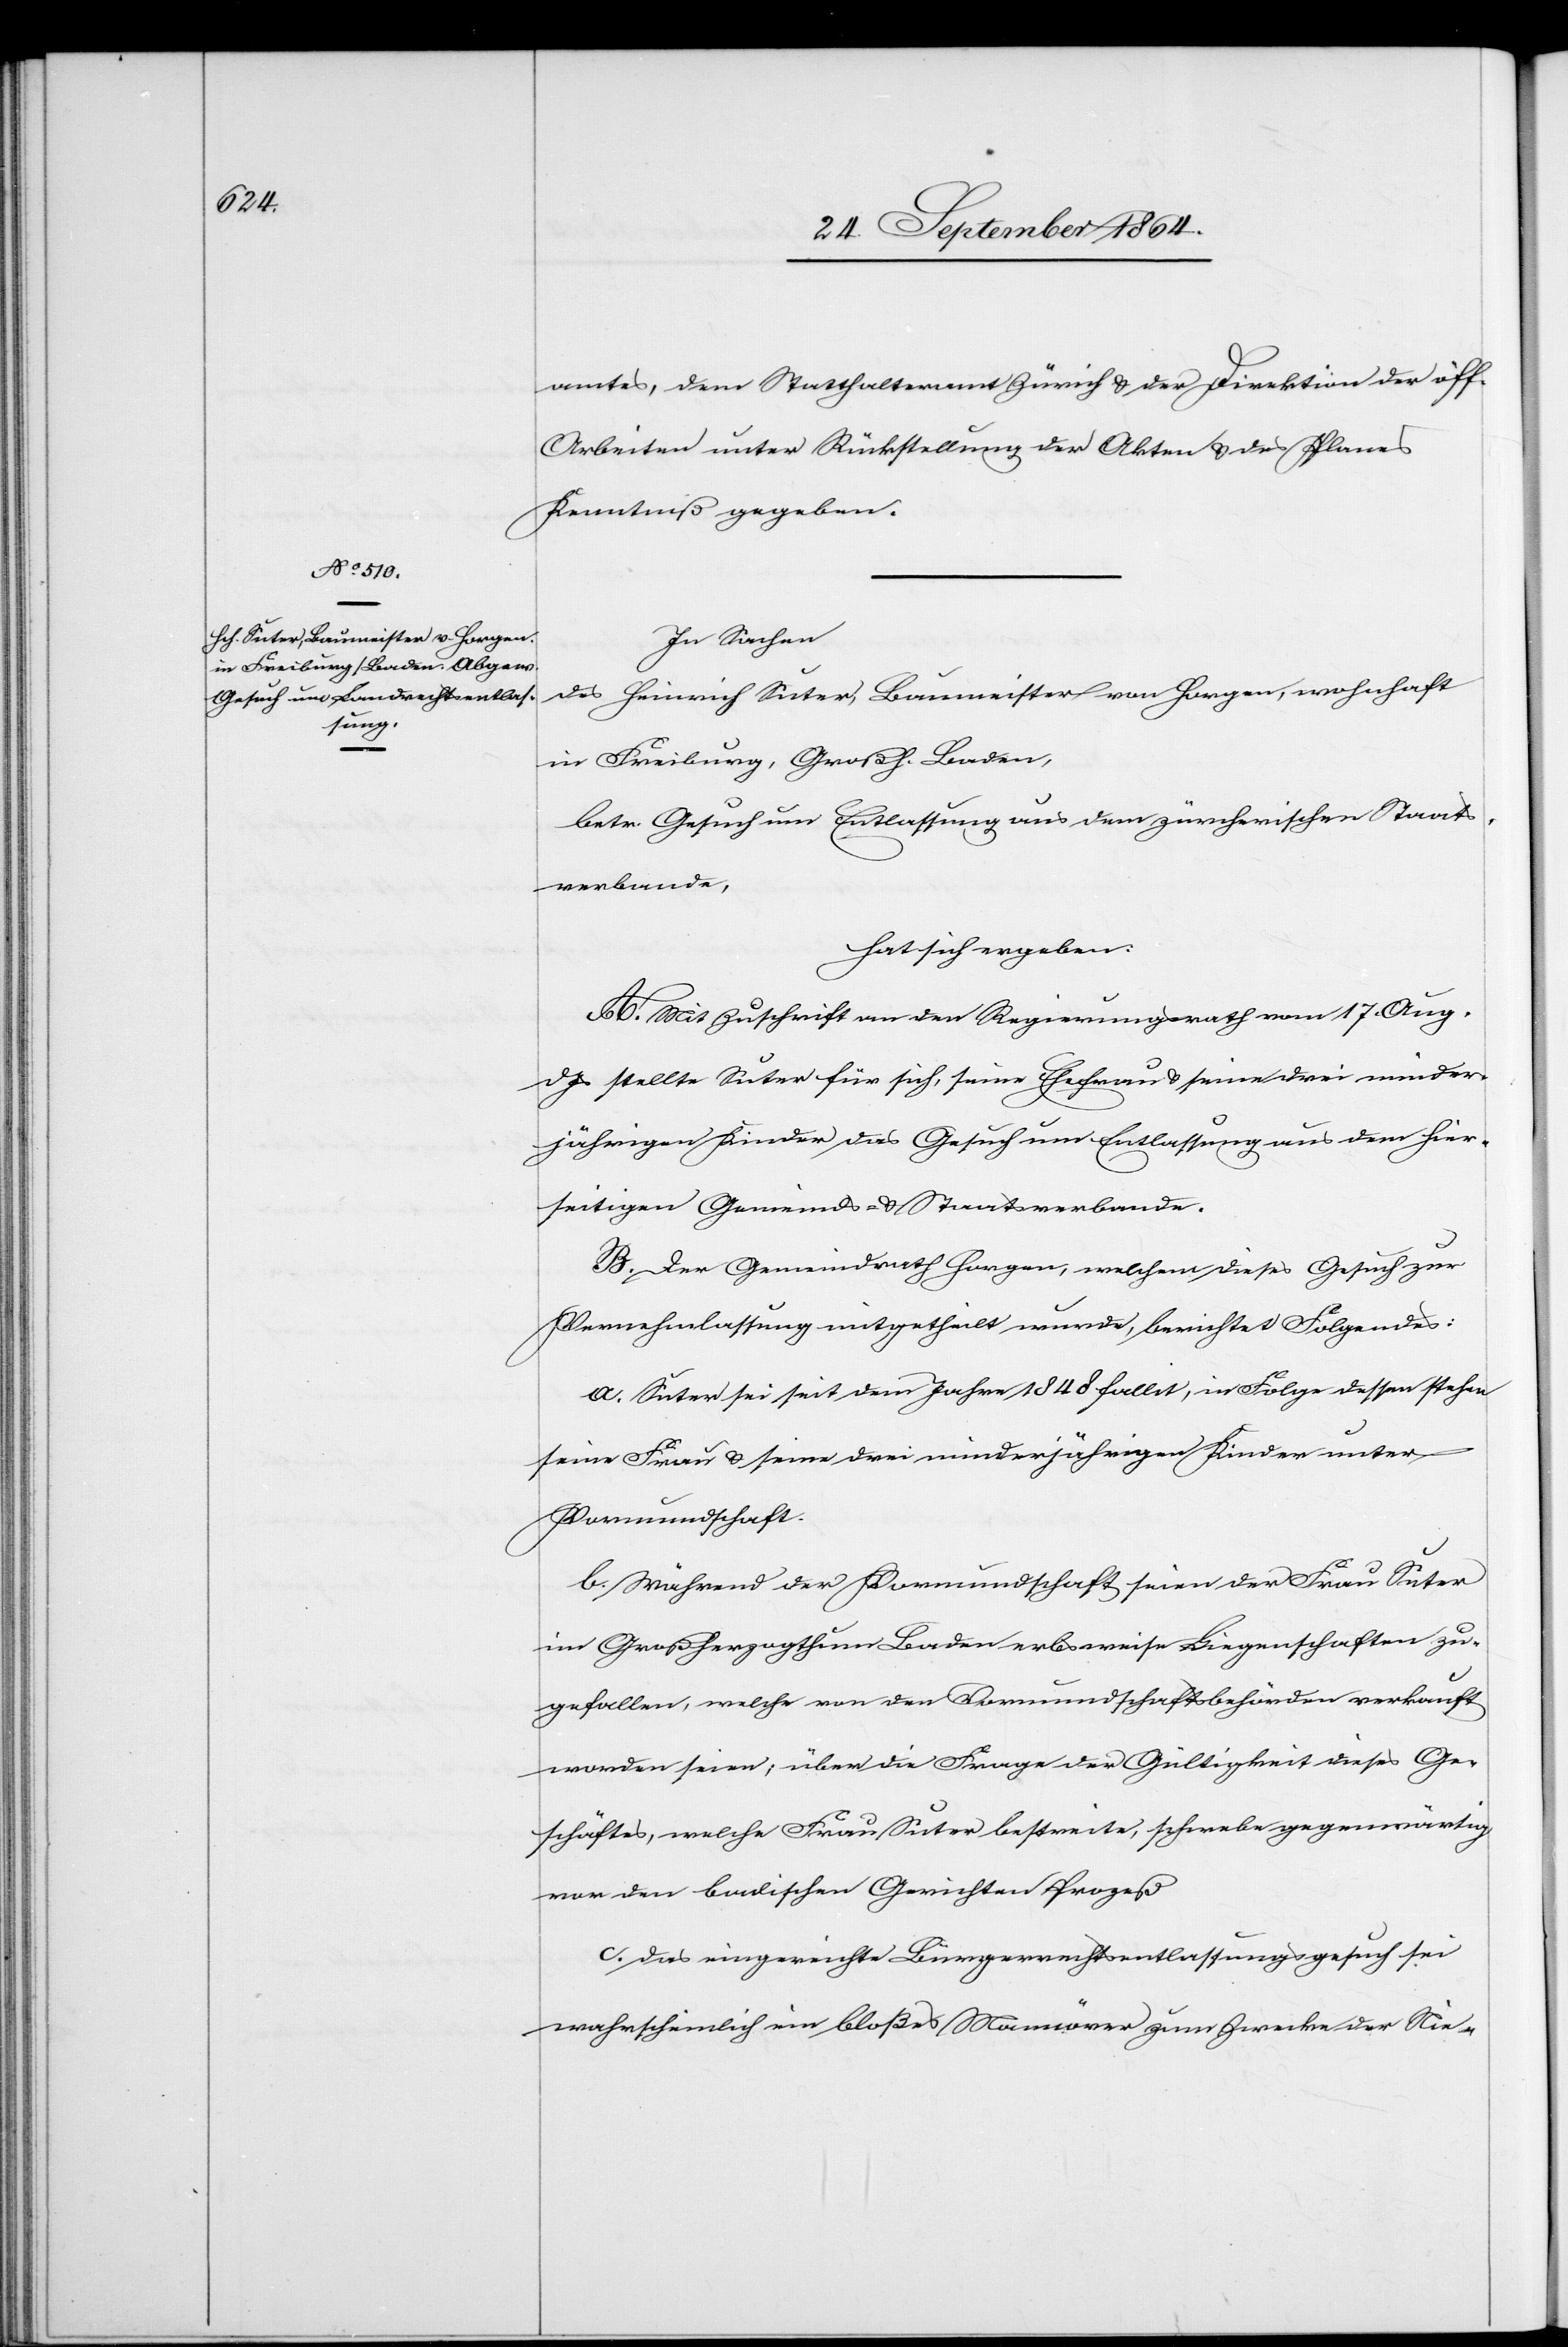
amtes, dem Statthalteramt Zürich & der Direktion der öff.
Arbeiten unter Rückstellung der Akten & des Planes
Kenntniß gegeben.
In Sachen
des Heinrich Suter, Baumeister von Horgen, wohnhaft
in Freiburg, Großh. Baden,
betr. Gesuch um Entlassung aus dem zürcherischen Staats¬
verbande,
hat sich ergeben:
A. Mit Zuschrift an den Regierungsrath vom 17. Aug.
d. Js stellte Suter für sich, seine Ehefrau & seine drei minder¬
jährigen Kinder das Gesuch um Entlassung aus dem hier¬
seitigen Gemeinds- & Staatsverbande.
B. Der Gemeindrath Horgen, welchem dieses Gesuch zur
Vernehmlassung mitgetheilt wurde, berichtet Folgendes:
a. Suter sei seit dem Jahre 1848 fallit, in Folge dessen stehen
seine Frau & seine drei minderjährigen Kinder unter
Vormundschaft.
b. Während der Vormundschaft seien der Frau Suter
im Großherzogthum Baden erbsweise Liegenschaften zu¬
gefallen, welche von der Vormundschaftsbehörde verkauft
worden seien, über die Frage der Gültigkeit dieses Ge¬
schäftes, welche Frau Suter bestreite, schwebe gegenwärtig
vor den badischen Gerichten Prozeß.
c. Das eingereichte Bürgerrechtsentlassungsgesuch sei
wahrscheinlich bloß Manöver zum Zwecke der Nie-